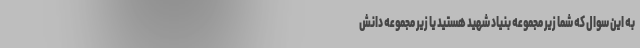
به این سوال که شما زیر مجموعه بنیاد شهید هستید یا زیر مجموعه دانش